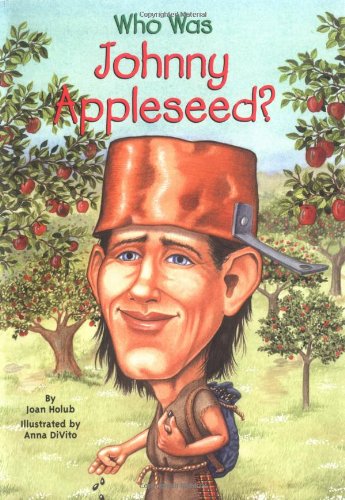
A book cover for Who Was Johnny Appleseed?; Joan Holub; Children's Books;